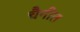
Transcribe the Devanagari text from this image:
चैनीत